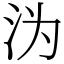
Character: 沩